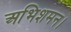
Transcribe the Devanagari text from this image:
अभिशमन।